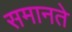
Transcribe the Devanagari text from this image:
समानते